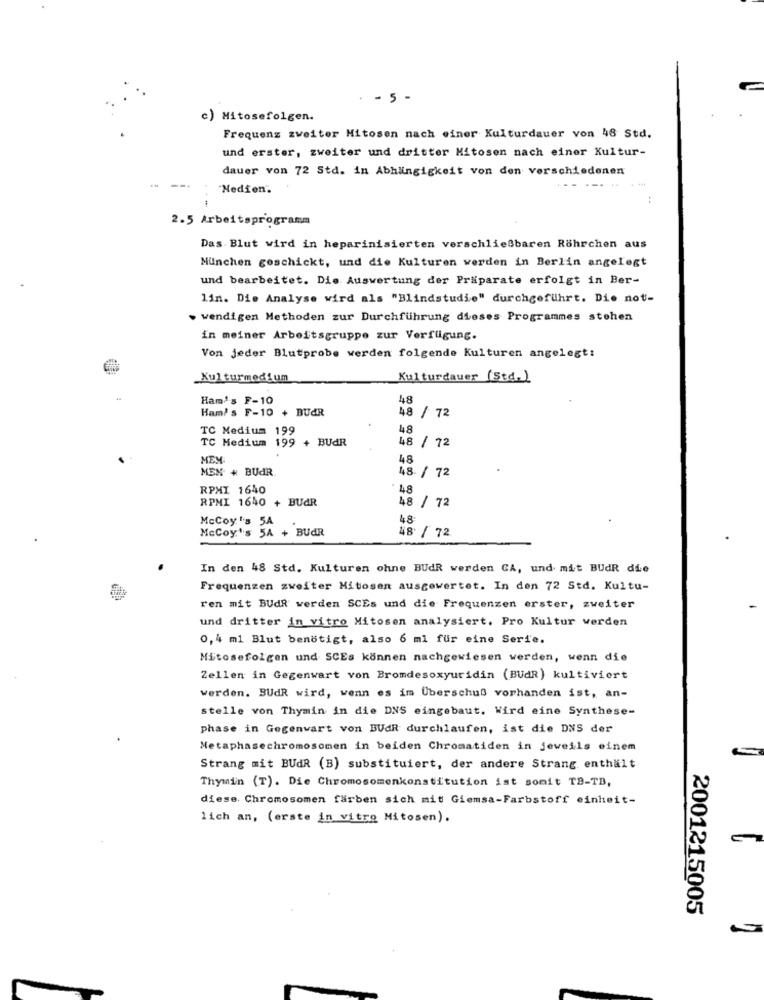
. - 5 -
Mitosefolgen.
Frequenz zweiter Hitosen nach einer Kulturdauer von 48 Std.
und erster, zweiter und dritter Mitosen nach einer Kultur-
dauer von 72 Std. in Abhängigkeit von den verschiedenen
"Nedien.
2.5 Arbeitsprogramm
Das Blut wird in heparinisierten verschließbaren Röhrchen aus
Munchen geschickt, und die Kulturen werden in Berlin angelegt
und bearbeitet. Die Auswertung der Präparate erfolgt in Ber-
lin. Die Analyse wird als "Blindstudie" durchgeführt. Die not-
. wendigen Methoden zur Durchführung dieses Programmes stehen
in meiner Arbeitsgruppe zur Verfügung.
Von jeder Blutprobe werden folgende Kulturen angelegt:
Kulturmedium
Kulturdauer (Std.)
Ham's F-10
48
Ham/ s F-10 + BUdR
48 / 72
TC Medium 199
48
TC Medium
199 + BUAR
48 / 72
MEM:
48
MEM # BUdR
48 / 72
RPMI 1640
48
RPMI 1640 + BUAR
48 / 72
McCoy's 5A
48
McCoy''s 5A + BUdR
48 / 72
In den 48 Std. Kulturen ohne BUdR werden CA, und mit BUdR die
Frequenzen zweiter Mitosen ausgewertet. In den 72 Std. Kultu-
ren mit BUdR werden SCEs und die Frequenzen erster, zweiter
und dritter in vitro Mitosen analysiert. Pro Kultur werden
0,4 ml Blut benötigt, also 6 ml für eine Serie.
Mitosefolgen und SCEs können nachgewiesen werden, wenn die
Zellen in Gegenwart von Bromdesoxyuridin (BUdR) kultiviert
werden. BUdR wird, wenn es im Überschuß vorhanden ist, an-
stelle von Thymin in die DNS eingebaut. Wird eine Synthese-
phase in Gegenwart von BUAR durchlaufen, ist die DNS der
Metaphasechromosomen in beiden Chromatiden in jeweils einem
Strang mit BUdR (B) substituiert, der andere Strang enthält
Thymin (T). Die Chromosomenkonstitution ist somit TA-TB,
diese. Chromosomen farben sich mit Giemsa-Farbstoff einheit-
lich an, (erste in vitro Mitosen).
2001215005